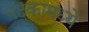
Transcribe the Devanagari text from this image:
पदकामध्ये